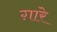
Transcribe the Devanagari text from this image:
ग़ारे